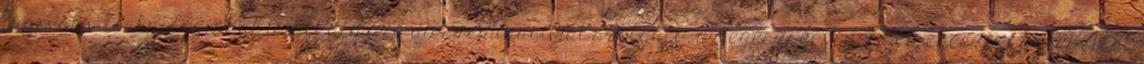
innovatív technológiákat is alkalmazó disszeminációját szolgáló, az egészségvédelmet, egészségfejlesztést